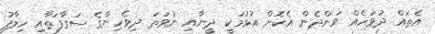
އެތައް ދުވަހެއް ވަންދެން އެކޮށް އުޅުމަކީ ދީނާއި ނުވަތަ ދިވެހިންގެ ސަގާފަތާއި ހިލާފު